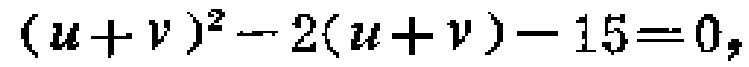
\((u + v)^2 - 2(u + v) - 15 = 0\)